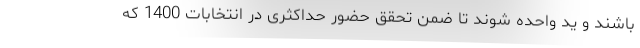
باشند و ید واحده شوند تا ضمن تحقق حضور حداکثری در انتخابات 1400 که